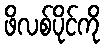
ဖိလစ်ပိုင်ကို